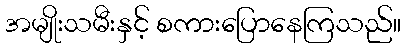
အမျိုးသမီးနှင့် စကားပြောနေကြသည်။